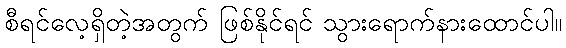
စီရင်လေ့ရှိတဲ့အတွက် ဖြစ်နိုင်ရင် သွားရောက်နားထောင်ပါ။